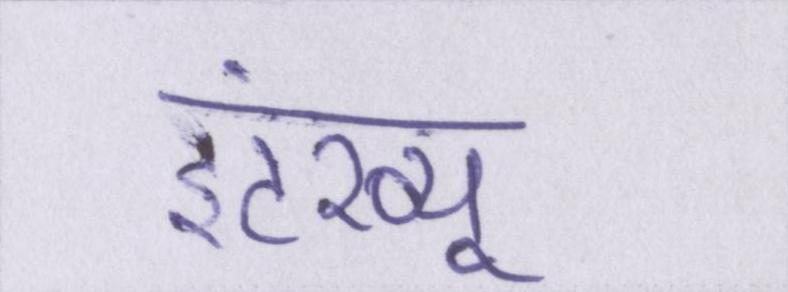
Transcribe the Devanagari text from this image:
इंटरव्यू